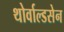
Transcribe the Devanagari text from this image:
थोर्वाल्डसेन